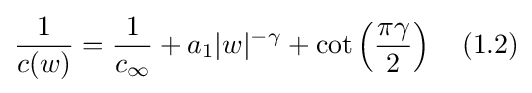
{\frac {1}{c(w)}}={\frac {1}{c_{\infty }}}+a_{1}|w|^{-\gamma }+\cot \left({\frac {\pi \gamma }{2}}\right)\quad (1.2)